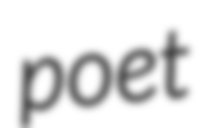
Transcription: poet